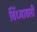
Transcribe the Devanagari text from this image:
विंध्यावली